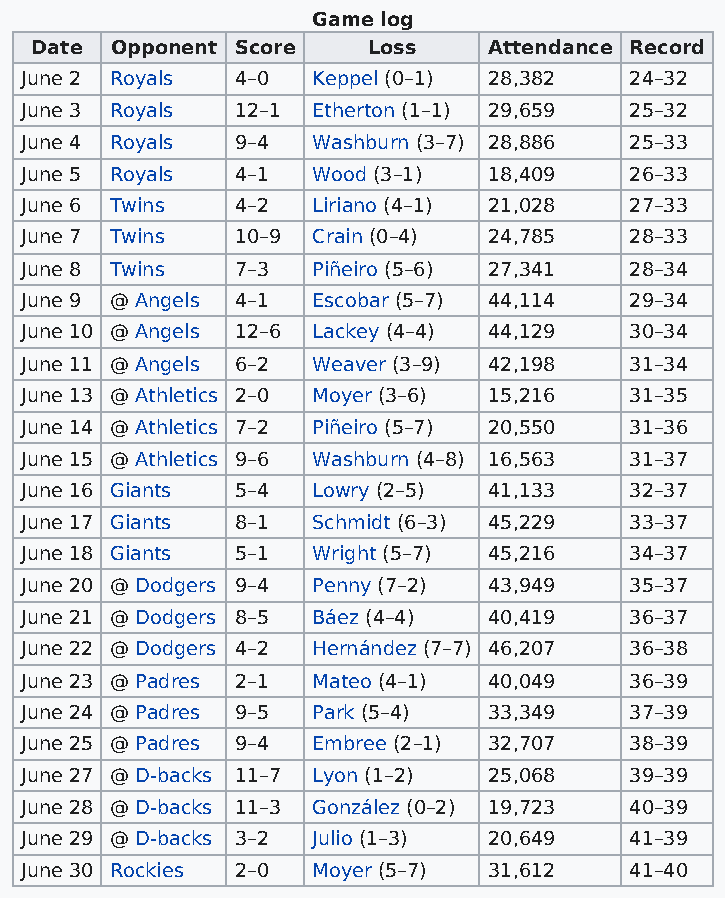
Game log
 Date Opponent Score   Loss    Attendance Record
 June 2 Royals  4–0  Keppel (0–1) 28,382  24–32
 June 3 Royals  12–1 Etherton (1–1) 29,659 25–32
 June 4 Royals  9–4  Washburn (3–7) 28,886 25–33
 June 5 Royals  4–1  Wood (3–1) 18,409    26–33
 June 6 Twins   4–2  Liriano (4–1) 21,028 27–33
 June 7 Twins   10–9 Crain (0–4) 24,785   28–33
 June 8 Twins   7–3  Piñeiro (5–6) 27,341 28–34
 June 9 @ Angels 4–1 Escobar (5–7) 44,114 29–34
 June 10 @ Angels 12–6 Lackey (4–4) 44,129 30–34
 June 11 @ Angels 6–2 Weaver (3–9) 42,198 31–34
 June 13 @ Athletics 2–0 Moyer (3–6) 15,216 31–35
 June 14 @ Athletics 7–2 Piñeiro (5–7) 20,550 31–36
 June 15 @ Athletics 9–6 Washburn (4–8) 16,563 31–37
 June 16 Giants 5–4  Lowry (2–5) 41,133   32–37
 June 17 Giants 8–1  Schmidt (6–3) 45,229 33–37
 June 18 Giants 5–1  Wright (5–7) 45,216  34–37
 June 20 @ Dodgers 9–4 Penny (7–2) 43,949 35–37
 June 21 @ Dodgers 8–5 Báez (4–4) 40,419  36–37
 June 22 @ Dodgers 4–2 Hernández (7–7) 46,207 36–38
 June 23 @ Padres 2–1 Mateo (4–1) 40,049  36–39
 June 24 @ Padres 9–5 Park (5–4) 33,349   37–39
 June 25 @ Padres 9–4 Embree (2–1) 32,707 38–39
 June 27 @ D-backs 11–7 Lyon (1–2) 25,068 39–39
 June 28 @ D-backs 11–3 González (0–2) 19,723 40–39
 June 29 @ D-backs 3–2 Julio (1–3) 20,649 41–39
 June 30 Rockies 2–0 Moyer (5–7) 31,612   41–40